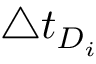
\triangle t _ { D _ { i } }